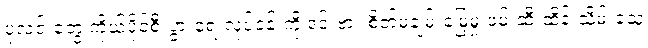
ပုလင်းတွေ ကိုယ်ပိုင်စီးပွားရေးလုပ်ငန်းကို ဒင်းဗား စိတ်မချမ်းမြေ့မှု ဖမ်းဆီးထိန်းသိမ်းခဲ့သူ